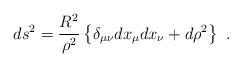
LaTeX: \begin{align*}ds^2 = \frac{R^2}{\rho^2}\left\{ \delta_{\mu\nu}dx_\mu dx_\nu + d\rho^2 \right\}\ .\end{align*}